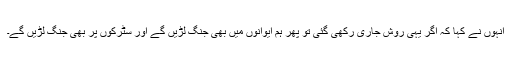
انہوں نے کہا کہ اگر یہی روش جاری رکھی گئی تو پھر ہم ایوانوں میں بھی جنگ لڑیں گے اور سٹرکوں پر بھی جنگ لڑیں گے۔